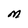
Character: M